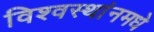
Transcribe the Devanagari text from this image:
विश्वस्थांनमधे